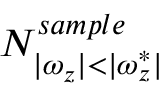
N _ { | \omega _ { z } | < | \omega _ { z } ^ { * } | } ^ { s a m p l e }